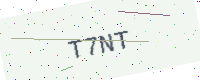
Text: T7NT